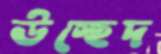
উচ্ছেদ